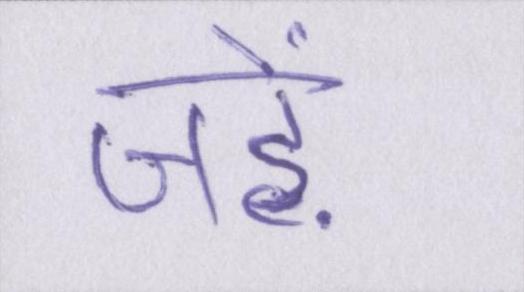
जड़ें